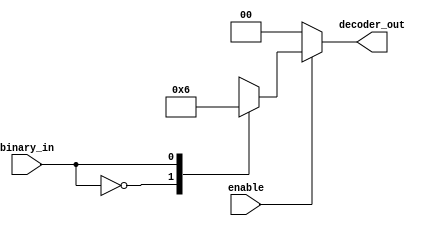
`timescale 1ns / 1ps

module Deco_Sel (
binary_in   ,
decoder_out ,
enable
);
input binary_in  ;
input enable ;
output [1:0] decoder_out ;

reg [1:0] decoder_out ;

always @ (enable or binary_in)
begin
  decoder_out <= 0;
  if (enable) begin
    case (binary_in)
		1'b0 : decoder_out <= 2'b01;
		1'b1 : decoder_out <= 2'b10;
    endcase
  end
  else begin
		decoder_out <= 2'b00;
  end
end
endmodule